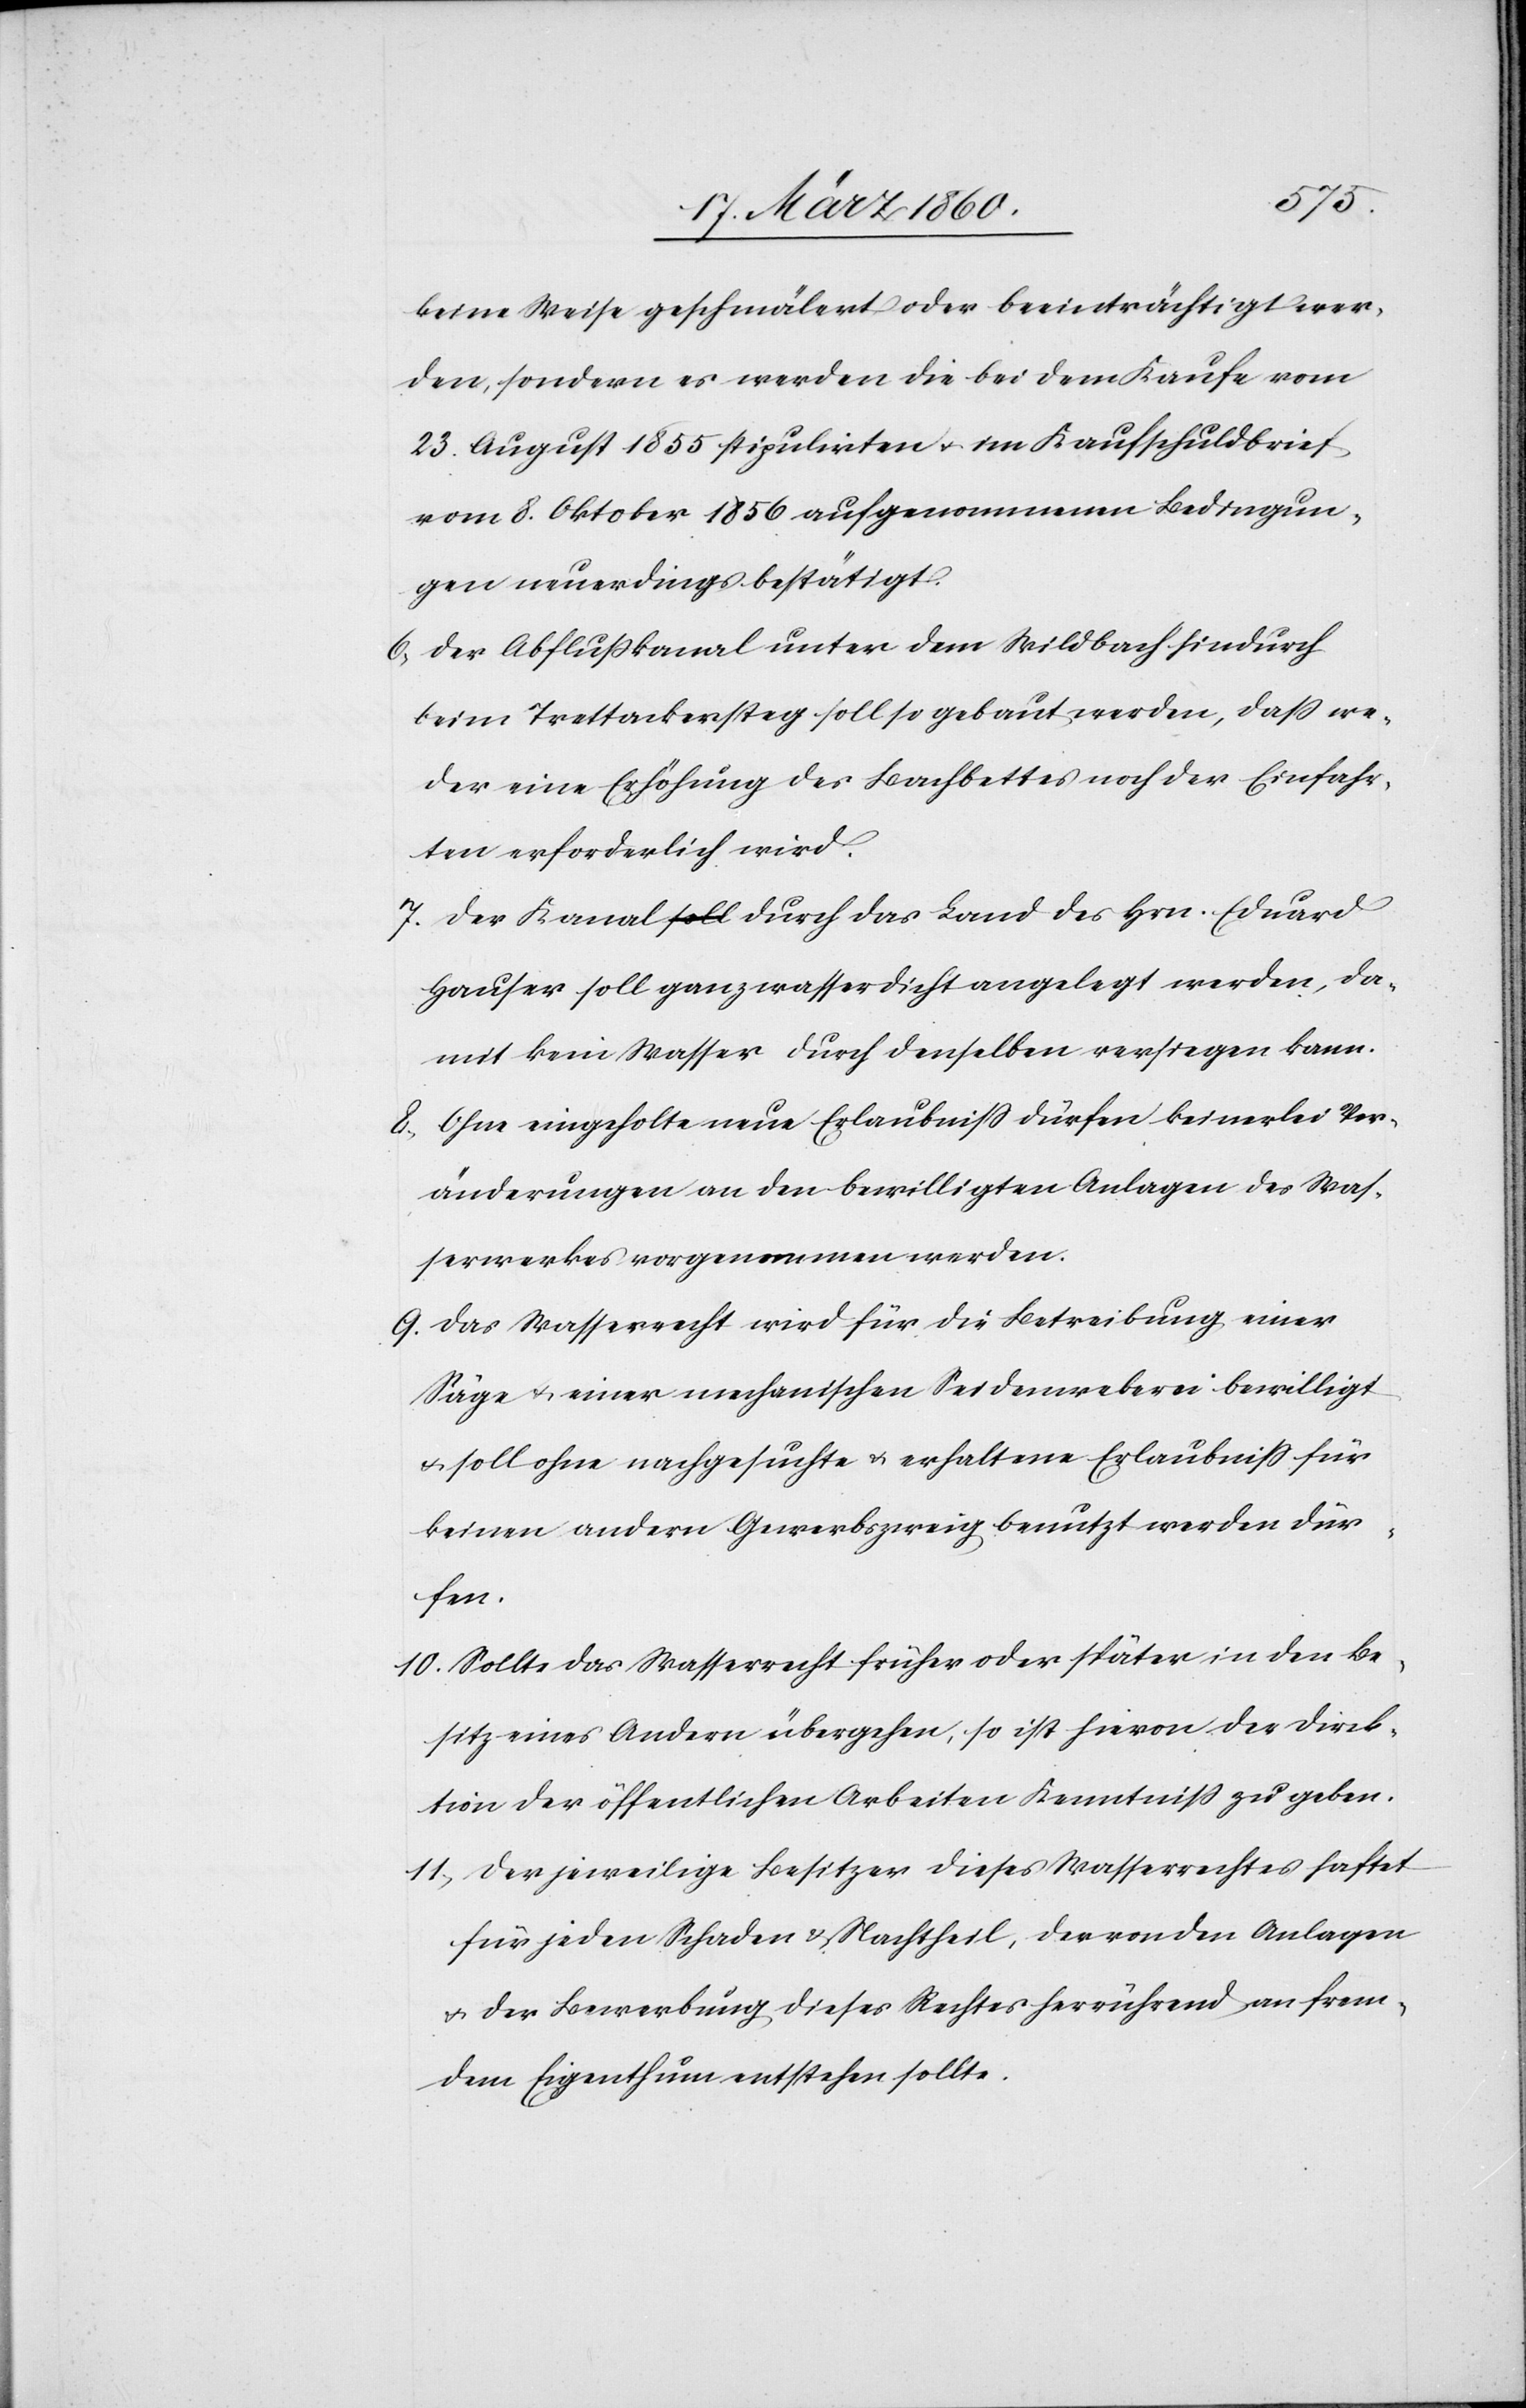
keine Weise geschmälert oder beeinträchtigt wer¬
den, sondern es werden die bei dem Kaufe vom
23. August 1855 stipulirten u. im Kaufschuldbrief
vom 8. Oktober 1856 aufgenommenen Bedingun¬
gen neuerdings bestätigt.
6. Der Abflusskanal unter dem Wildbach hindurch
beim Trettackersteg soll so gebaut werden, daß we¬
der eine Erhöhung des Bachbettes noch der Einfahr¬
ten erforderlich wird.
7. Der Kanal durch das Land des Hrn. Eduard
Hauser soll ganz wasserdicht angelegt werden, da¬
mit kein Wasser durch denselben versiegen kann.
8. Ohne eingeholte neue Erlaubniss dürfen keinerlei Ver¬
änderungen an den bewilligten Anlagen des Was¬
serwerkes vorgenommen werden.
9. Das Wasserrecht wird für die Betreibung einer
Säge u. einer mechanischen Seidenweberei bewilligt
u. soll ohne nachgesuchte u. erhaltene Erlaubniss für
keinen andern Gewerbszweig benutzt werden dür¬
fen.
10. Sollte das Wasserrecht früher oder später in den Be¬
sitz eines Andern übergehen, so ist hievon der Direk¬
tion der öffentlichen Arbeiten Kenntniß zu geben.
11. Der jeweilige Besitzer dieses Wasserrechtes haftet
für jeden Schaden u. Nachtheil, der von den Anlagen
u. der Bewerbung dieses Rechtes herrührend an frem¬
dem Eigenthum entstehen sollte.